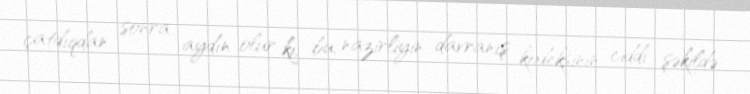
çatdıqdan sonra aydın olur ki, bu, nazirliyin davranış kodeksinin ciddi şəkildə